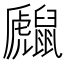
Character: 𪕻